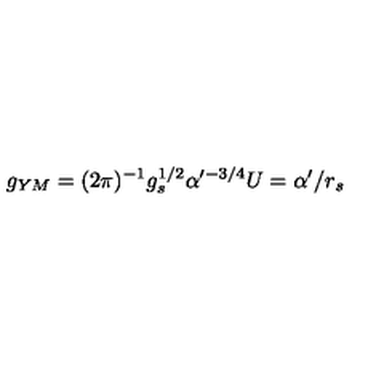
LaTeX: g _ { Y M } = ( 2 \pi ) ^ { - 1 } g _ { s } ^ { 1 / 2 } \alpha ^ { \prime - 3 / 4 } U = \alpha ^ { \prime } / r _ { s }